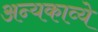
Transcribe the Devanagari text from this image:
अन्यकाव्ये